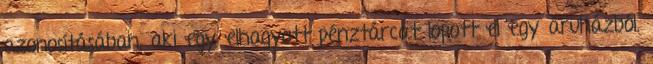
azonosításában, aki egy elhagyott pénztárcát lopott el egy áruházból.